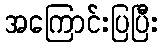
အကြောင်းပြပြီး